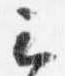
云